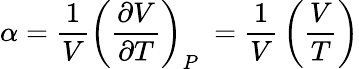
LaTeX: \alpha={\frac{1}{V}}\left({\frac{\partial V}{\partial T}}\right)_{P}\ ={\frac{1}{V}}\left({\frac{V}{T}}\right)